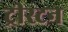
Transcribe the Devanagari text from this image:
ट्रीस्टन